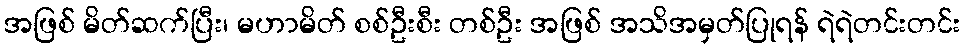
အဖြစ် မိတ်ဆက်ပြီး၊ မဟာမိတ် စစ်ဦးစီး တစ်ဦး အဖြစ် အသိအမှတ်ပြုရန် ရဲရဲတင်းတင်း